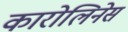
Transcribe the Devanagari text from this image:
कारोलिनेस